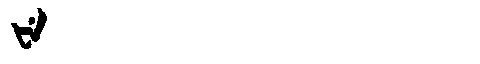
Manchu: ᡶᡝ
Romanization: FE